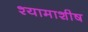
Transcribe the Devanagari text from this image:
श्यामाशीष